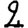
Digit: 2